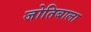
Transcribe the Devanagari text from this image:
जोतिबाला